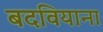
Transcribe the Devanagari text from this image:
बदवियाना